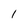
Character: l